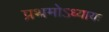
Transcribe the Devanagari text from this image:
प्रथमोऽध्यायः